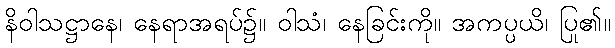
နိဝါသဋ္ဌာနေ၊ နေရာအရပ်၌။ ဝါသံ၊ နေခြင်းကို။ အကပ္ပယိ၊ ပြု၏။